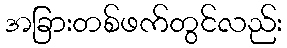
အခြားတစ်ဖက်တွင်လည်း